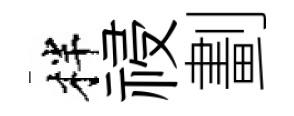
柈祲劃